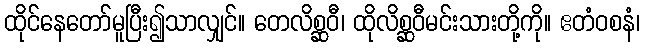
ထိုင်နေတော်မူပြီး၍သာလျှင်။ တေလိစ္ဆဝီ၊ ထိုလိစ္ဆဝီမင်းသားတို့ကို။ ဧတံဝစနံ၊